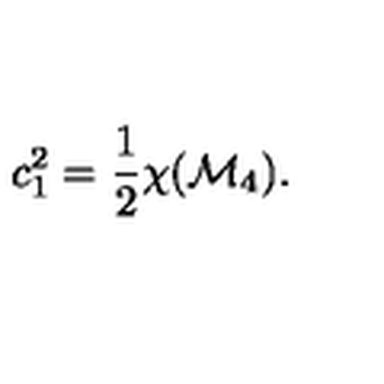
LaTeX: c _ { 1 } ^ { 2 } = \frac { 1 } { 2 } \chi ( { \cal M } _ { 4 } ) .